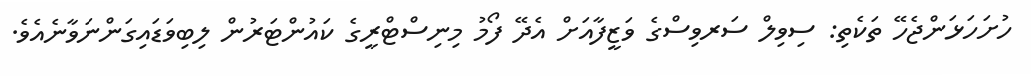
ހުށަހަޅަންޖެހޭ ތަކެތި: ސިވިލް ސަރވިސްގެ ވަޒީފާއަށް އެދޭ ފޯމު މިނިސްޓްރީގެ ކައުންޓަރުން ލިބިވަޑައިގަންނަވާނެއެވެ.